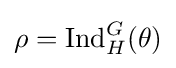
\rho ={\text{Ind}}_{H}^{G}(\theta )